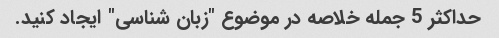
حداکثر 5 جمله خلاصه در موضوع "زبان شناسی" ایجاد کنید.